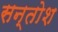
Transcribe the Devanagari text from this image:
सन्तोश